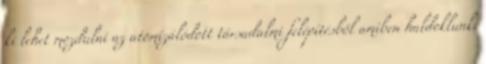
ki lehet mozdulni az atomizálódott társadalmi felépítésből amiben haldoklunk.